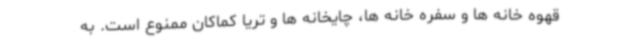
قهوه خانه ها و سفره خانه ها، چایخانه ها و تریا کماکان ممنوع است. به